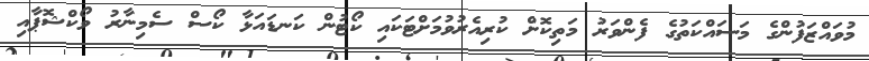
މުވައްޒަފުންގެ މަސައްކަތުގެ ފެންވަރު މަތިކޮށް ކުރިއެރުވުމަށްޓަކައި ކޯޓުން ކަނޑައަޅާ ކޯސް ސެމިނާރު ވޯކްޝޮޕާއި